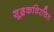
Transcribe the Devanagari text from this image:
शूद्रकविरचित